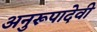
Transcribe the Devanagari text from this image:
अनुरूपादेवी